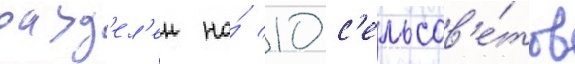
разд'ел'ен на́ 10 с'ельсов'е́тов